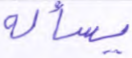
يسأله